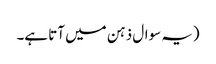
(یہ سوال ذہن میں آتا ہے۔